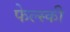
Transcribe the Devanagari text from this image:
फेल्स्की